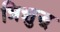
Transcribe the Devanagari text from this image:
त्रिशुद्ध